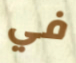
في